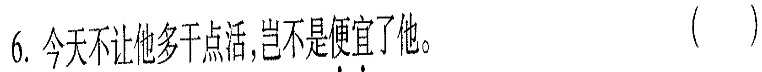
6.今天不让他多干点活,岂不是便宜了他。（）